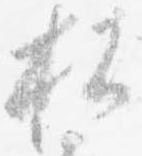
払